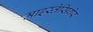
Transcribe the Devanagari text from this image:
माइस्तेसिंगेर